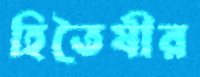
হিতৈষীর